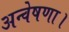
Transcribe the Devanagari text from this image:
अन्वेषणा।